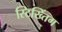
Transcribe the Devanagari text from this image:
स्टिख्तिंग